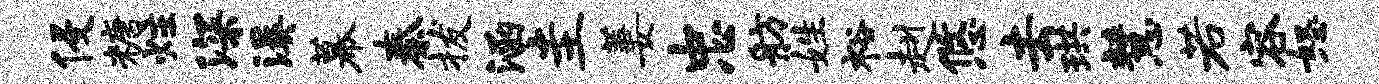
侵糖炷深溪幕秦拔涵圭萋忠舫姓裕赳悠去珙慧若容怒